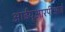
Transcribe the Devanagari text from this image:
आईयूआरपीआई